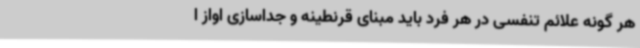
هر گونه علائم تنفسی در هر فرد باید مبنای قرنطینه و جداسازی اواز ا